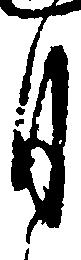
月